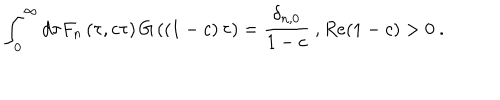
LaTeX: \int _ { 0 } ^ { \infty } d \tau F _ { n } \left( \tau , c \tau \right) G \left( \left( 1 - c \right) \tau \right) = { \frac { \delta _ { n , 0 } } { 1 - c } } \ , R e ( 1 - c ) > 0 \ .